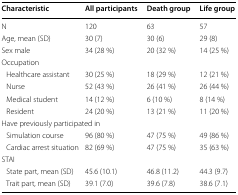
| Characteristic | All participants | Death group | Life group |
 | --- | --- | --- | --- |
 | N | 120 | 63 | 57 |
 | Age, mean (SD) | 30 (7) | 30 (6) | 29 (8) |
 | Sex male | 34 (28 %) | 20 (32 %) | 14 (25 %) |
 | <COLSPAN=4> Occupation |
 | Healthcare assistant | 30 (25 %) | 18 (29 %) | 12 (21 %) |
 | Nurse | 52 (43 %) | 26 (41 %) | 26 (44 %) |
 | Medical student | 14 (12 %) | 6 (10 %) | 8 (14 %) |
 | Resident | 24 (20 %) | 13 (21 %) | 11 (20 %) |
 | <COLSPAN=4> Have previously participated in |
 | Simulation course | 96 (80 %) | 47 (75 %) | 49 (86 %) |
 | Cardiac arrest situation | 82 (69 %) | 47 (75 %) | 35 (63 %) |
 | <COLSPAN=4> STAI |
 | State part, mean (SD) | 45.6 (10.1) | 46.8 (11.2) | 44.3 (9.7) |
 | Trait part, mean (SD) | 39.1 (7.0) | 39.6 (7.8) | 38.6 (7.1) |